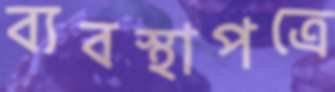
ব্যবস্থাপত্রে